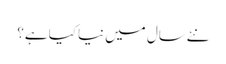
نئےسال میں نیا کیا ہے؟